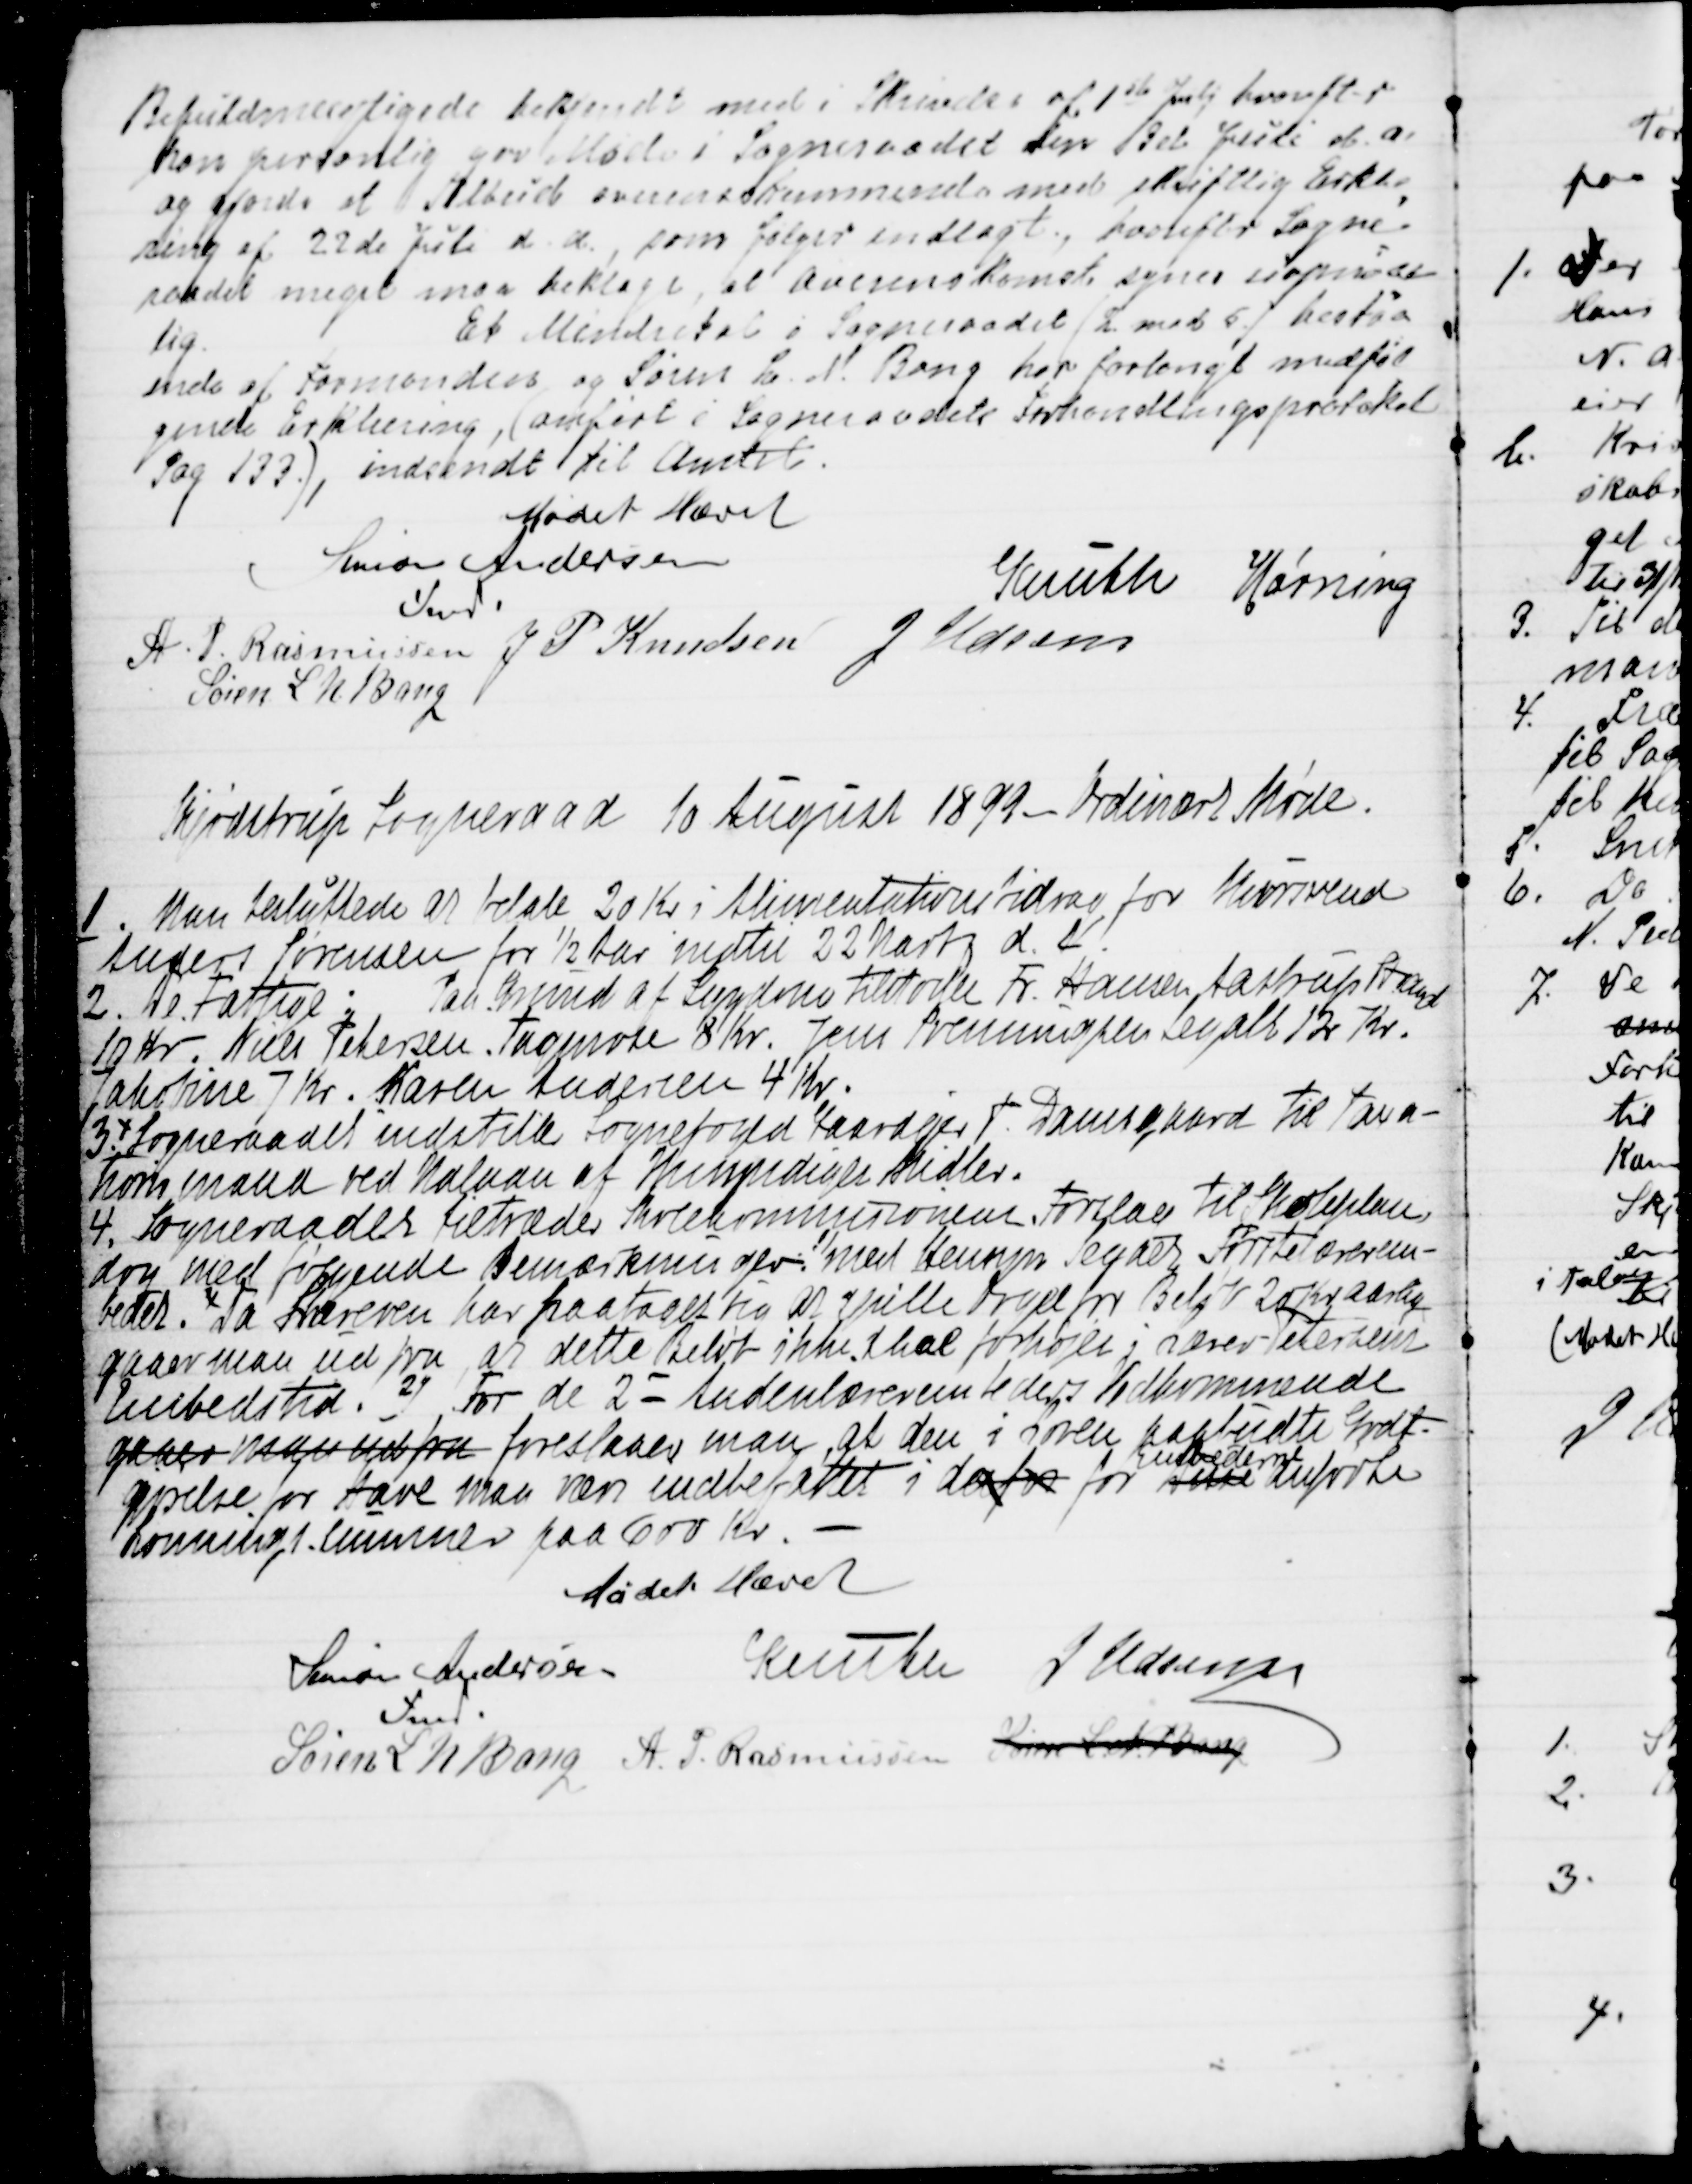
Transskription:
Befuldmægtigede bekjendt med i Skrivelse af 1ste Juli hvorefter
han personlig gav Møde i Sogneraadet den 3de Juli d.A.
og gjorde et Tilbud overensstemmende med skriftlig Erklæ
=
ring af 22de Juli d.A., som følger vedlagt, hvorefter Sogne
=
raadet meget maa beklage, at Overenskomst synes uopnaae
=
lig.
Et Mindretal i Sogneraadet / 2. mod 5/ bestaa
=
ende af Formanden og Søren L. N. Bang har forlangt medføl
=
gende Erklæring (anført i Sogneraades Forhandlingsprotokol
Pag 133), indsendt til Amtet.
Mødet Hævet
Simon Andersen
Fmd.
Knuth
Hørning
A. P. Rasmussen
J P Knudsen
J Udsen
Søren L. N. Bang

Skjødstrup Sogneraad 10 August 1899 - Ordinært Møde.
1. Man besluttede at betale 20 Kr i Alimentationsbidrag for Mursvend
Anders Sørensen for ½ Aar indtil 22 Marts d.A.
2. De Fattige: Paa Grund af Sygdom tilstodes Fr. Hansen, Aastrup Strand
10 Kr. Niels Petersen Tagmose 8 Kr. Jens Svenningsen Segalt 12 Kr.
Jakobine 7 Kr. Karen Andersen 4 Kr.
3. Sogneraadet indstiller Sognefoged Gaardejer P. Damsgaard til Taxa-
tionsmand ved Udlaan af Umyndiges Midler.
4. Sogneraadet tiltræder Skolekommitionens Forslag til Skoleplan,
dog med følgende Bemærkninger 
1)
med Hensyn Segalt Førstelærerem-
bedet. Da Læreren har paataget sig at spille Orgel for 20 Kr aarlig
gaar man ud fra, at dette Beløb ikke skal forhøjes i Lærer Petersens
Embedstid. 2) For de 2 = Andenlærerembeders Vedkommende
gaar man ud fra  foreslaar man, at den i Loven paabudte Godt-
gjørelse for Have maa være indbefattet i derfor for Dette
Embederne
anførte
Lønningssummer paa 600 Kr.  
Mødet Hævet
Simon Andersen
Fmd.
Knuth
J Udsen
Søren L N Bang
A. P. Rasmussen
Søren L N Bang